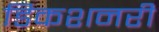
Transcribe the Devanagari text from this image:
डिकशनरी